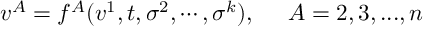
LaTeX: v ^ { A } = f ^ { A } ( v ^ { 1 } , t , \sigma ^ { 2 } , \cdots , \sigma ^ { k } ) , \; \; \; \; \; A = 2 , 3 , . . . , n